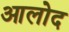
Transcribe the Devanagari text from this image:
आलोद